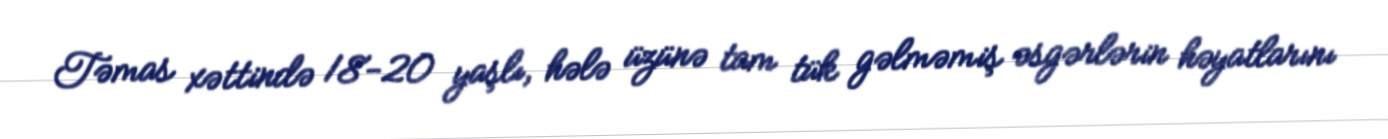
Təmas xəttində 18-20 yaşlı, hələ üzünə tam tük gəlməmiş əsgərlərin həyatlarını